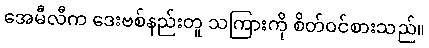
အေမီလီက ဒေးဗစ်နည်းတူ သကြားကို စိတ်ဝင်စားသည်။